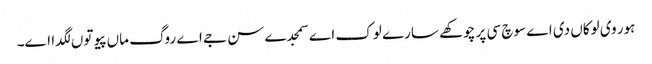
ہور وی لوکاں دی اے سوچ سی پر چوکھے سارے لوک اے سمجدے سن جے اے روگ ماں پیو توں لگدا اے۔